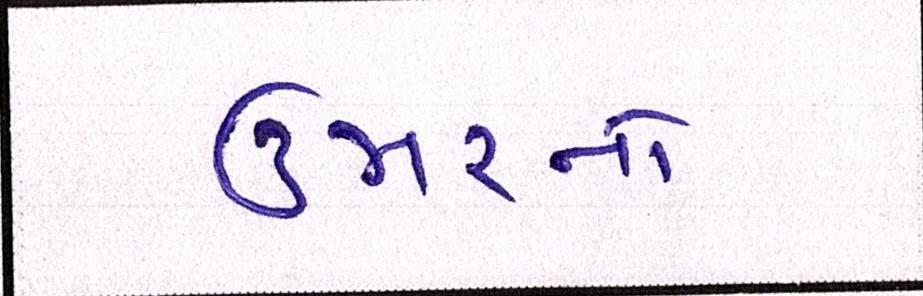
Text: ઉંમરનો